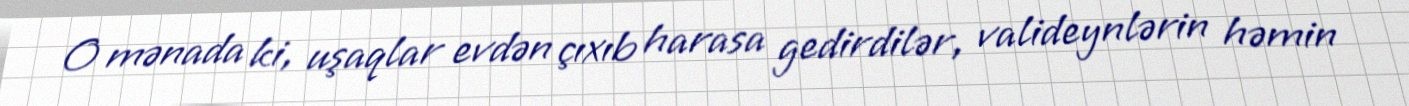
O mənada ki, uşaqlar evdən çıxıb harasa gedirdilər, valideynlərin həmin